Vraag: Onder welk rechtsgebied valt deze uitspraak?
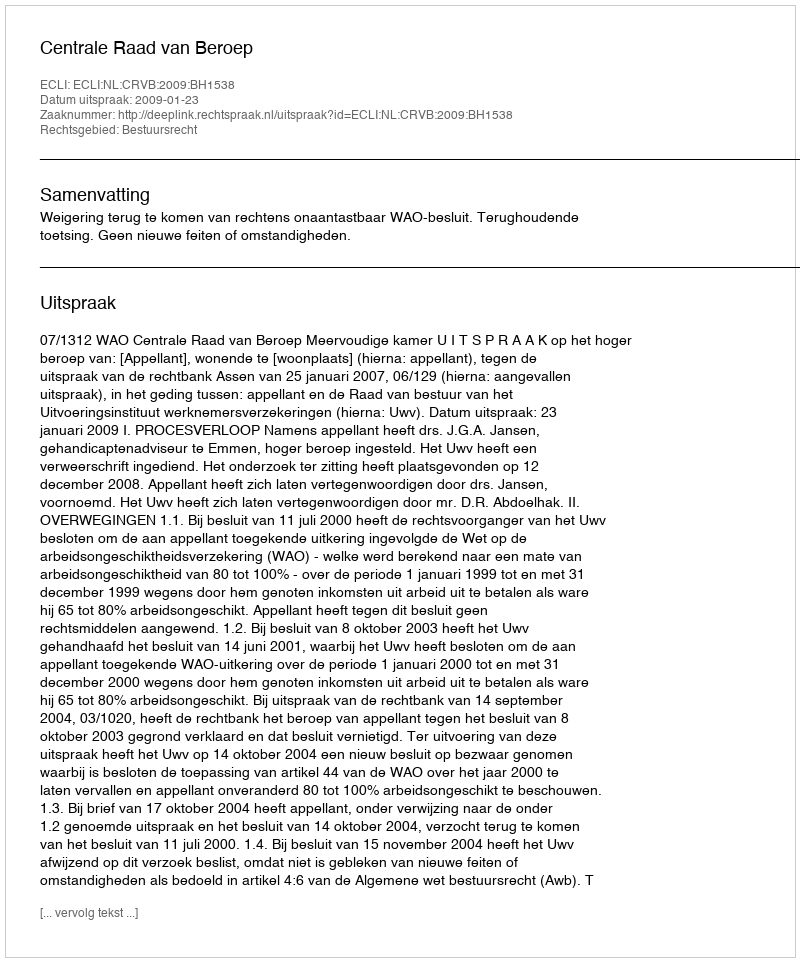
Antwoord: Bestuursrecht